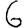
Digit: 6